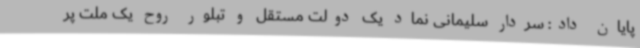
پایان داد: سردار سلیمانی نماد یک دولت مستقل و تبلور روح یک ملت پر